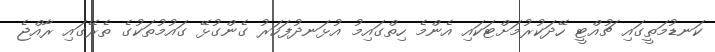
ކަނޑުމަތީގައި ޗުއްޓީ ހޭދަކުރުމަށްޓަކައި އެންމެ ހިތްގައިމު އުޅަނދުފަހަރު ގެންގުޅޭ ގައުމުތަކުގެ ތެރޭގައި ރާއްޖެ